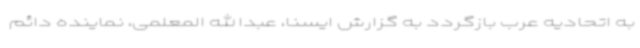
به اتحادیه عرب بازگردد به گزارش ایسنا، عبدالله المعلمی، نماینده دائم